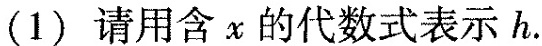
(1)请用含x的代数式表示h.